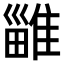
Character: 𨿴